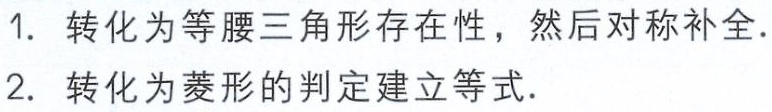
1. 转化为等腰三角形存在性，然后对称补全.
2. 转化为菱形的判定建立等式.